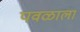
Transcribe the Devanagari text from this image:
पवळाला